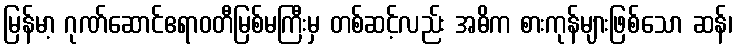
မြန်မာ့ ဂုဏ်ဆောင်ဧရာဝတီမြစ်မကြီးမှ တစ်ဆင့်လည်း အဓိက စားကုန်များဖြစ်သော ဆန်၊